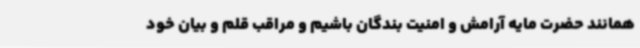
همانند حضرت مایه آرامش و امنیت بندگان باشیم و مراقب قلم و بیان خود